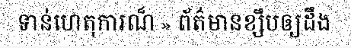
ទាន់ហេតុការណ៏ » ព័ត៌មានខ្សឹបឲ្យដឹង